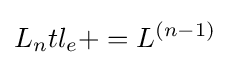
L_{n}tl_{e}+=L^{(n-1)}